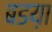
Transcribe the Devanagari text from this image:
बडय़ा